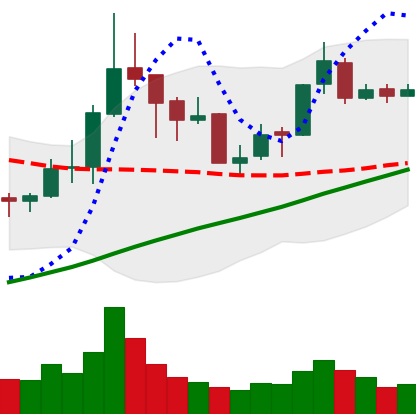
Ticker: BNB-USD
Chart end date: 2018-04-07
Forward return: 3.989%
Label: up_3_5